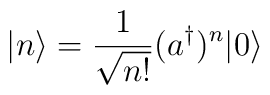
|n\rangle=\frac{1}{\sqrt{n!}}(a^\dagger)^n|0\rangle